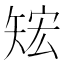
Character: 𥏕